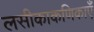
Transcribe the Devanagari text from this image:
लसीकाकणिकाएँ